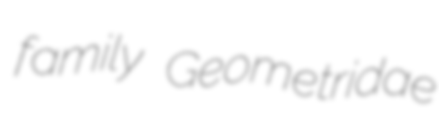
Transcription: family Geometridae